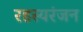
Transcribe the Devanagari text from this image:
रहस्यरंजन